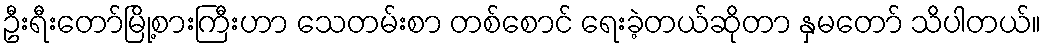
ဦးရီးတော်မြို့စားကြီးဟာ သေတမ်းစာ တစ်စောင် ရေးခဲ့တယ်ဆိုတာ နှမတော် သိပါတယ်။